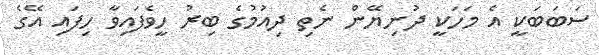
ސަބަބަކީ އެ މަހަކީ ދުނިޔޭން ނެތި ދިއުމުގެ ބިރު ހީވެފައިވާ ހިފައި އޭގެ